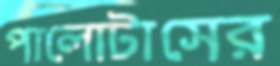
পালোটাসের